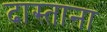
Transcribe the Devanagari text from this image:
दास्ताना